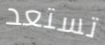
تستعد